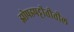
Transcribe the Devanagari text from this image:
झोपडपट्टीतीतील